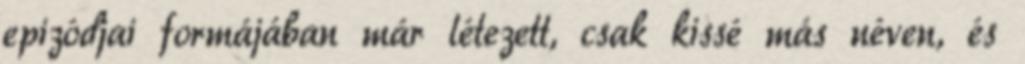
epizódjai formájában már létezett, csak kissé más néven, és